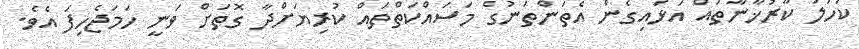
ކަހަލަ ކާރުޚާނާތައް އަޅައިގެން އެތަންތަނުގެ މަސައްކަތްތައް ކުރިޔަށްދާ ގޮތަށް ވަނީ ހަމަޖެހިފަ އެވެ.